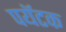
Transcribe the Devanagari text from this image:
पयॅटक